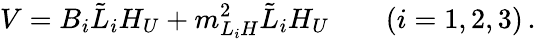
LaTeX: V=B_{i}\tilde{L}_{i}H_{U}+m_{L_{i}H}^{2}\tilde{L}_{i}H_{U}\quad\quad(i=1,2,3)\, .